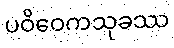
ပဝိဝေကသုခဿ